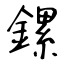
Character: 鏍